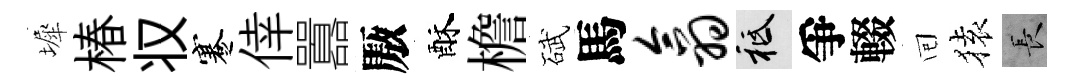
墀椿𠬧蹇倖囂厫酥檐碔馬翕祇爭輟囘𫞤长